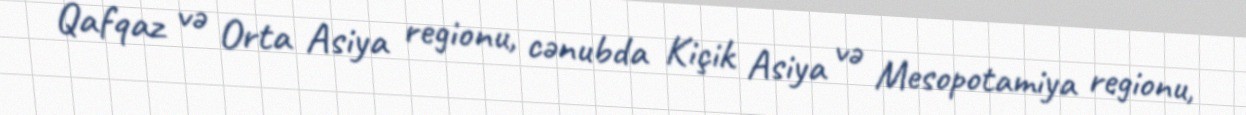
Qafqaz və Orta Asiya regionu, cənubda Kiçik Asiya və Mesopotamiya regionu,